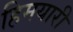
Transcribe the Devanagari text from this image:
हिमयारी